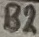
Text: B2